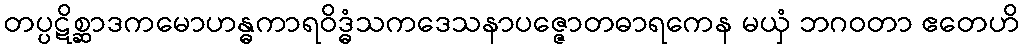
တပ္ပဋိစ္ဆာဒကမောဟန္ဓကာရဝိဒ္ဓံသကဒေသနာပဇ္ဇောတဓာရကေန မယှံ ဘဂဝတာ ဧတေဟိ